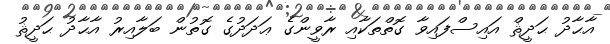
އާޙާދު ޙަދީޘް އައިސްފައިވާ ގޮތްތަކާއި ރާވީންގެ ޢަދަދުގެ ގޮތުން ބަލާއިރު އާޙާދު ޙަދީޘު